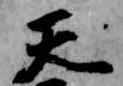
天